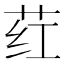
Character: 荭